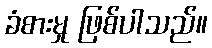
ခံစားမှု ဖြစ်ပါသည်။